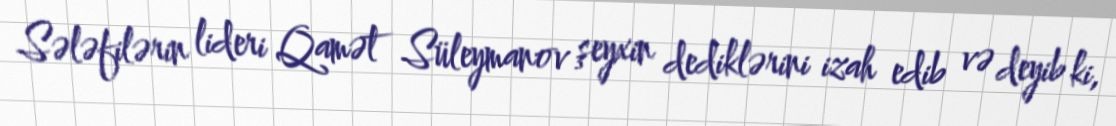
Sələfilərin lideri Qamət Süleymanov şeyxin dediklərini izah edib və deyib ki,